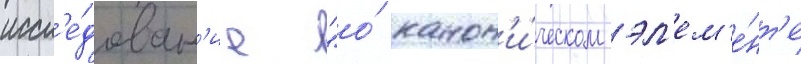
иссл'е́дован'ие "о́ канон'и́ческом эл'ем'е́нт'е